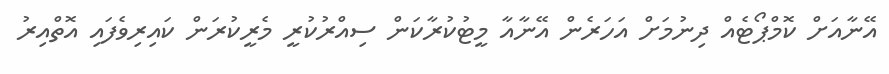
އޭނާއަށް ކޮމްޕޯޓެއް ދިނުމަށް އަހަރެން އޭނާއާ މީޓުކުރާކަން ސިއްރުކުރީ މެރީކުރަން ކައިރިވެފައި އޮތްއިރު